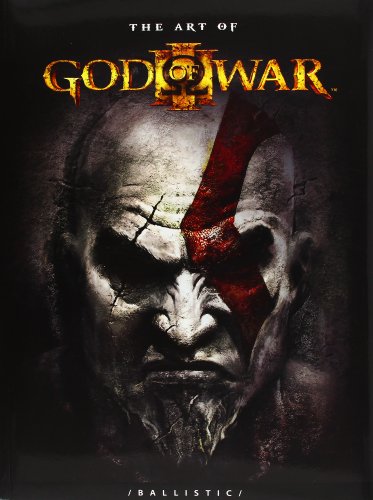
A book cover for The Art of God of War III (The Art of the Game); Arts & Photography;